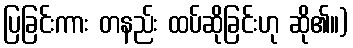
ပြခြင်းကား တနည်း ထပ်ဆိုခြင်းဟု ဆို၏။)